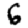
Digit: 6